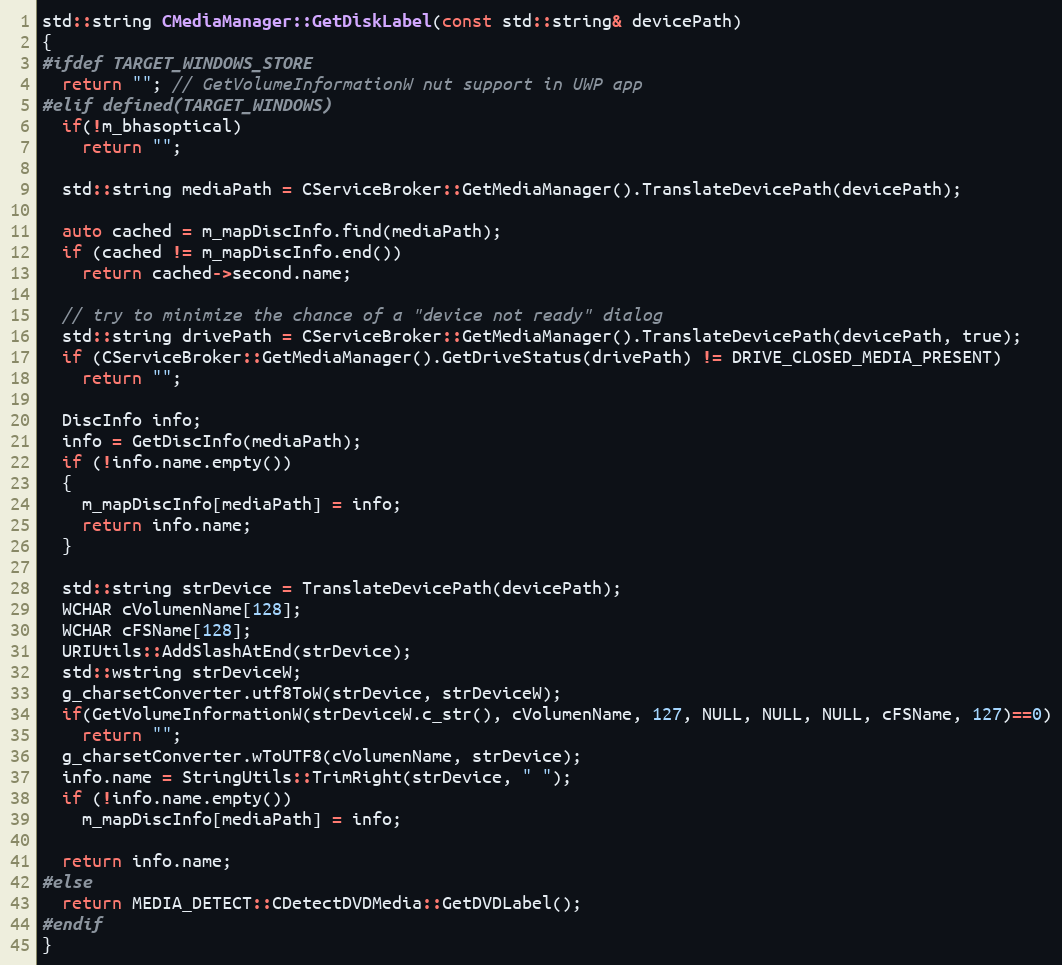
Language: C++
std::string CMediaManager::GetDiskLabel(const std::string& devicePath)
{
#ifdef TARGET_WINDOWS_STORE
  return ""; // GetVolumeInformationW nut support in UWP app
#elif defined(TARGET_WINDOWS)
  if(!m_bhasoptical)
    return "";

  std::string mediaPath = CServiceBroker::GetMediaManager().TranslateDevicePath(devicePath);

  auto cached = m_mapDiscInfo.find(mediaPath);
  if (cached != m_mapDiscInfo.end())
    return cached->second.name;

  // try to minimize the chance of a "device not ready" dialog
  std::string drivePath = CServiceBroker::GetMediaManager().TranslateDevicePath(devicePath, true);
  if (CServiceBroker::GetMediaManager().GetDriveStatus(drivePath) != DRIVE_CLOSED_MEDIA_PRESENT)
    return "";

  DiscInfo info;
  info = GetDiscInfo(mediaPath);
  if (!info.name.empty())
  {
    m_mapDiscInfo[mediaPath] = info;
    return info.name;
  }

  std::string strDevice = TranslateDevicePath(devicePath);
  WCHAR cVolumenName[128];
  WCHAR cFSName[128];
  URIUtils::AddSlashAtEnd(strDevice);
  std::wstring strDeviceW;
  g_charsetConverter.utf8ToW(strDevice, strDeviceW);
  if(GetVolumeInformationW(strDeviceW.c_str(), cVolumenName, 127, NULL, NULL, NULL, cFSName, 127)==0)
    return "";
  g_charsetConverter.wToUTF8(cVolumenName, strDevice);
  info.name = StringUtils::TrimRight(strDevice, " ");
  if (!info.name.empty())
    m_mapDiscInfo[mediaPath] = info;

  return info.name;
#else
  return MEDIA_DETECT::CDetectDVDMedia::GetDVDLabel();
#endif
}